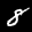
Label: 8